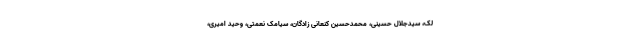
لک، سیدجلال حسینی، محمدحسین کنعانی زادگان، سیامک نعمتی، وحید امیری،